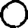
Digit: 0